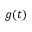
g ( t )